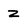
Character: z